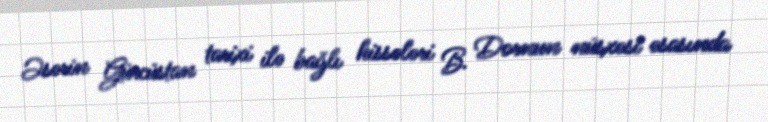
Əsərin Gürcüstan tarixi ilə bağlı hissələri B. Dornun nüsxəsi əsasında